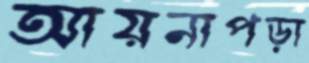
আয়নাপড়া